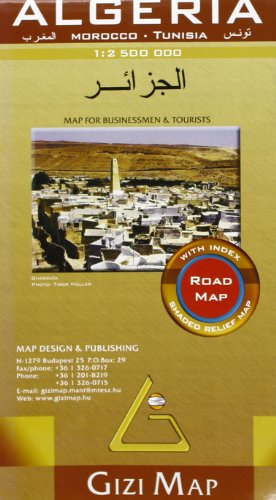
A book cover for Algeria 1/2m5 (Road Map); Travel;